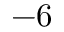
- 6